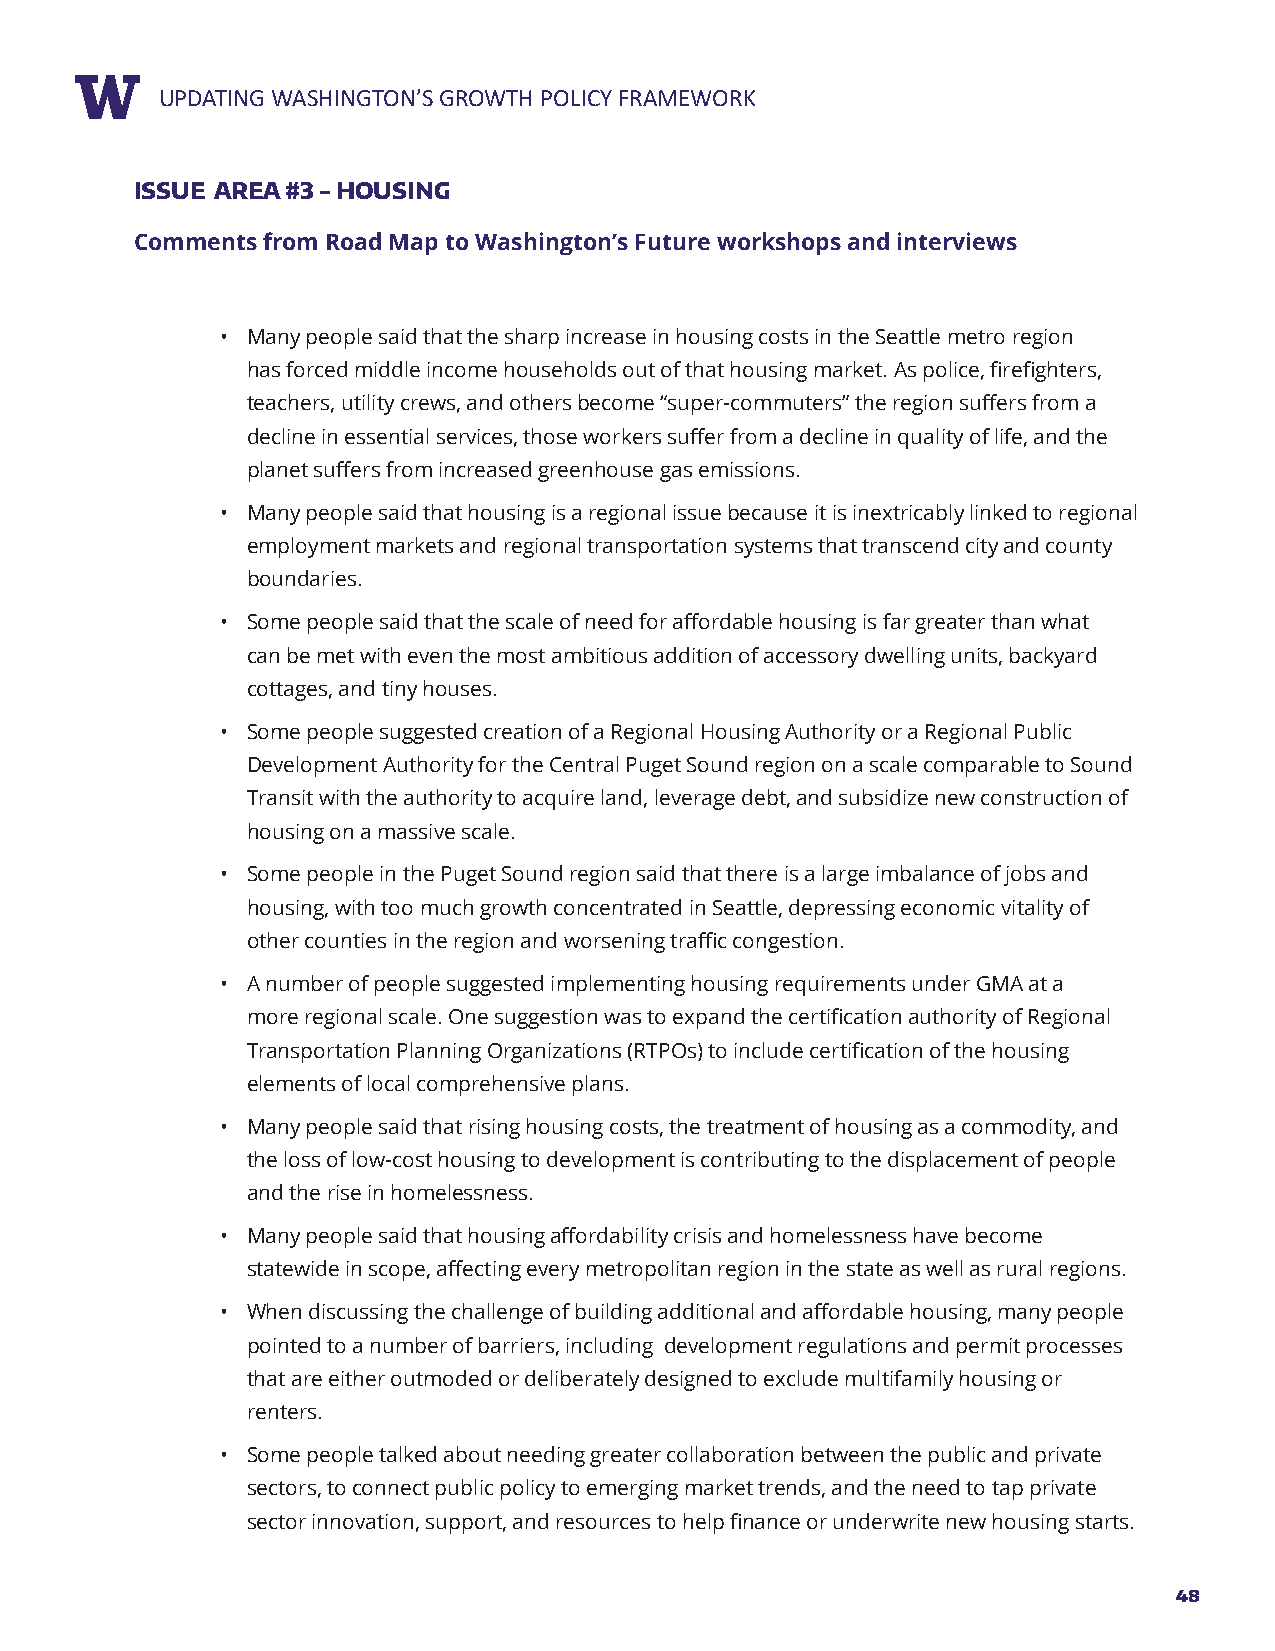
RUEPPDOARTTIN TGIT WLEASHINGTON’S GROWTH POLICY FRAMEWORK
 ISSUE AREA #3 - HOUSING
 Comments from Road Map to Washington’s Future workshops and interviews
 • Many people said that the sharp increase in housing costs in the Seattle metro region
 has forced middle income households out of that housing market. As police, firefighters,
 teachers, utility crews, and others become “super-commuters” the region suffers from a
 decline in essential services, those workers suffer from a decline in quality of life, and the
 planet suffers from increased greenhouse gas emissions.
 • Many people said that housing is a regional issue because it is inextricably linked to regional
 employment markets and regional transportation systems that transcend city and county
 boundaries.
 • Some people said that the scale of need for affordable housing is far greater than what
 can be met with even the most ambitious addition of accessory dwelling units, backyard
 cottages, and tiny houses.
 • Some people suggested creation of a Regional Housing Authority or a Regional Public
 Development Authority for the Central Puget Sound region on a scale comparable to Sound
 Transit with the authority to acquire land, leverage debt, and subsidize new construction of
 housing on a massive scale.
 • Some people in the Puget Sound region said that there is a large imbalance of jobs and
 housing, with too much growth concentrated in Seattle, depressing economic vitality of
 other counties in the region and worsening traffic congestion.
 • A number of people suggested implementing housing requirements under GMA at a
 more regional scale. One suggestion was to expand the certification authority of Regional
 Transportation Planning Organizations (RTPOs) to include certification of the housing
 elements of local comprehensive plans.
 • Many people said that rising housing costs, the treatment of housing as a commodity, and
 the loss of low-cost housing to development is contributing to the displacement of people
 and the rise in homelessness.
 • Many people said that housing affordability crisis and homelessness have become
 statewide in scope, affecting every metropolitan region in the state as well as rural regions.
 • When discussing the challenge of building additional and affordable housing, many people
 pointed to a number of barriers, including development regulations and permit processes
 that are either outmoded or deliberately designed to exclude multifamily housing or
 renters.
 • Some people talked about needing greater collaboration between the public and private
 sectors, to connect public policy to emerging market trends, and the need to tap private
 sector innovation, support, and resources to help finance or underwrite new housing starts.
 48